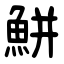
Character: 鮩